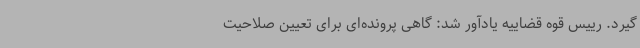
گیرد. رییس قوه قضاییه یادآور شد: گاهی پرونده‌ای برای تعیین صلاحیت